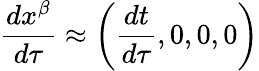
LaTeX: {\frac{dx^{\beta}}{d\tau}}\approx\left({\frac{dt}{d\tau}},0,0,0\right)